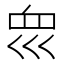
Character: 𡿻